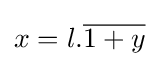
x=l.{\overline {1+y}}